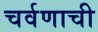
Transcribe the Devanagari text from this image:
चर्वणाची